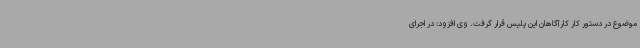
موضوع در دستور کار کارآگاهان این پلیس قرار گرفت. وی افزود: در اجرای